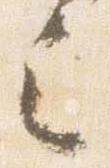
之